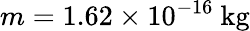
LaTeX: m=1.62\times 10^{-16}~\mathrm{kg}